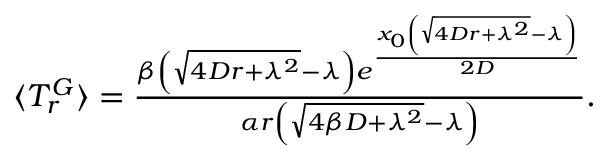
\begin{array} { r } { \langle T _ { r } ^ { G } \rangle = \frac { \beta \left( \sqrt { 4 D r + \lambda ^ { 2 } } - \lambda \right) e ^ { \frac { x _ { 0 } \left( \sqrt { 4 D r + \lambda ^ { 2 } } - \lambda \right) } { 2 D } } } { \alpha r \left( \sqrt { 4 \beta D + \lambda ^ { 2 } } - \lambda \right) } . } \end{array}